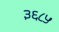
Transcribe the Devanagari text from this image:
३६८५